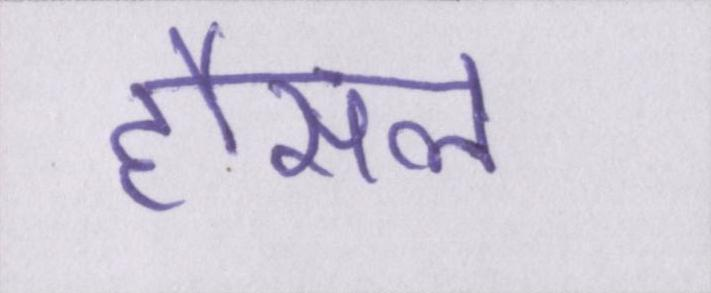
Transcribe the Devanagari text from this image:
हौसले